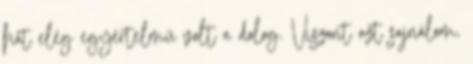
hát elég egyértelmű volt a dolog. Viszont azt sajnálom,